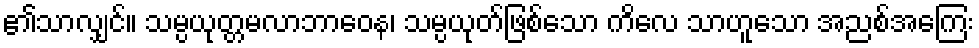
၏သာလျှင်။ သမ္ပယုတ္တမလာဘာဝေန၊ သမ္ပယုတ်ဖြစ်သော ကိလေ သာဟူသော အညစ်အကြေး